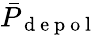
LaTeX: \bar{P}_{\mathrm{~d~e~p~o~l~}}